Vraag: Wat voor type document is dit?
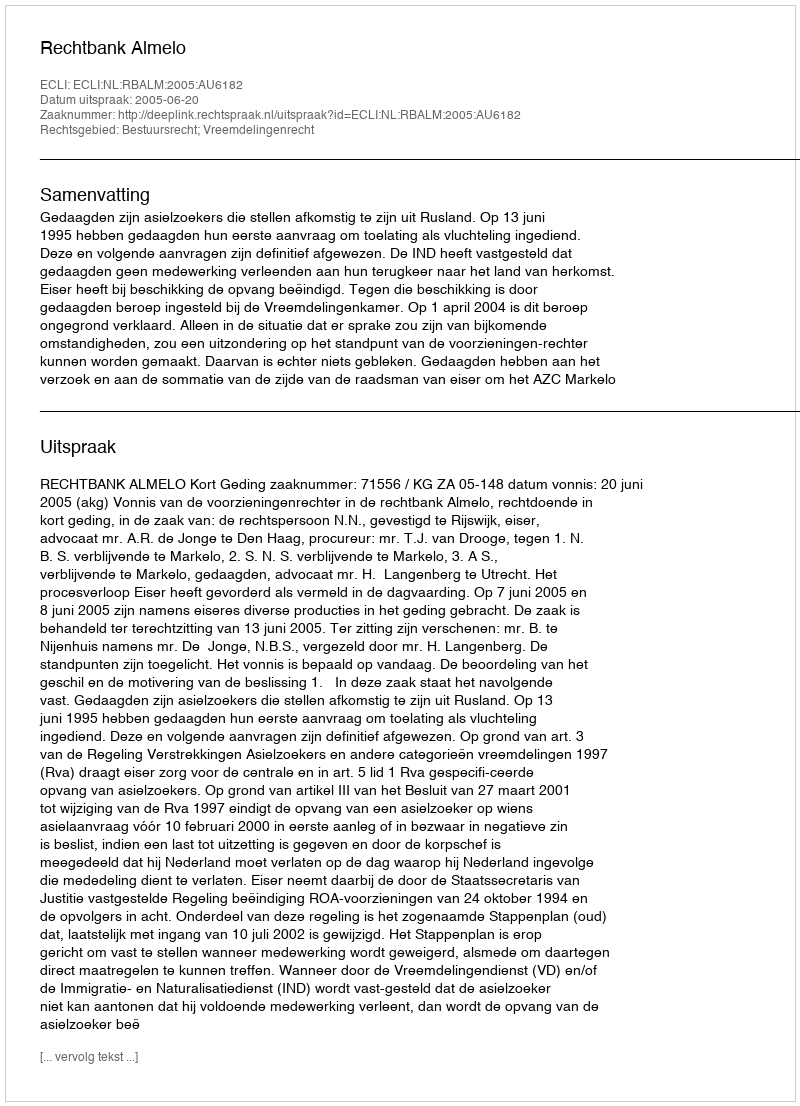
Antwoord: Uitspraak